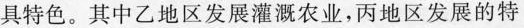
具特色。其中乙地区发展灌溉农业，丙地区发展的特